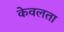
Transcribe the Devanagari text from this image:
केवलता